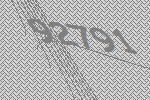
92791